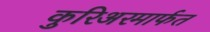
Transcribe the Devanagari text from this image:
कुरिअरमार्फत